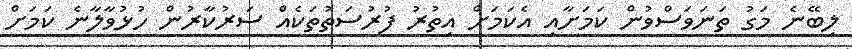
ލިބޭނެ މަގު ތަނަވަސްވުން ކަމަށާއި އެކަމަށް އިތުރު ފުރުސަތުތަކެއް ސަރުކާރުން ހުޅުވާލާނެ ކަމަށް